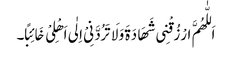
اَللّٰھُمَّ ارْزُقْنِی شَھَادَۃَ وَلَا تَرُدَّنِیْ اِلٰی اَھْلِیْ خَائِبًا۔